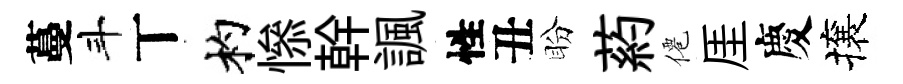
蔓斗丅杓𢡖幹諷性丑盼葯僊厓慶攘